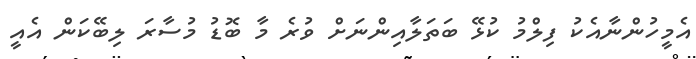
އެމީހުންނާއެކު ފިލްމު ކުޅޭ ބަތަލާއިންނަށް ވުރެ މާ ބޮޑު މުސާރަ ލިބޭކަން އެއީ